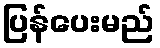
ပြန်ပေးမည်